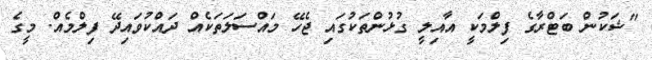
"ޝަކުން ބަޓްރާގެ ފިލްމަކީ އާއިލީ ގުޅުންތަކުގައި ޖެހޭ މައްސަލަތަކެއް ދައްކުވައިދޭ ފިލްމެއް. މީގެ